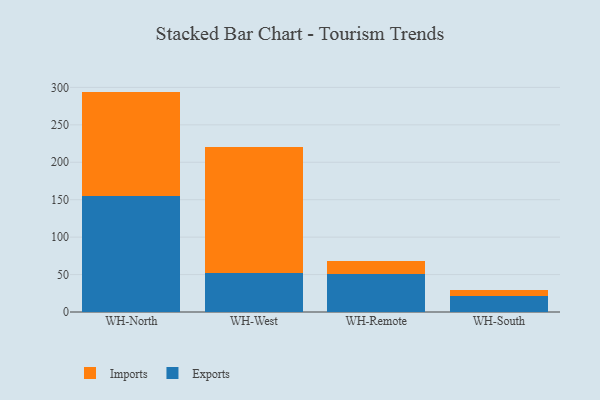
{"axis": {"x": "Warehouse", "y": "Population (Million)"}, "legend": ["Exports", "Imports"], "data": [{"x": "WH-North", "y": 155.2, "type": "Exports"}, {"x": "WH-North", "y": 139.2, "type": "Imports"}, {"x": "WH-West", "y": 52.5, "type": "Exports"}, {"x": "WH-West", "y": 167.7, "type": "Imports"}, {"x": "WH-Remote", "y": 50.6, "type": "Exports"}, {"x": "WH-Remote", "y": 17.3, "type": "Imports"}, {"x": "WH-South", "y": 20.9, "type": "Exports"}, {"x": "WH-South", "y": 8.5, "type": "Imports"}]}